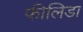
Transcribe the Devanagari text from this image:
फीलिडा